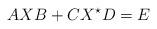
LaTeX: \begin{align*}AXB+CX^\star D=E\end{align*}